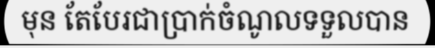
មុន តែបែរជាប្រាក់ចំណូលទទួលបាន